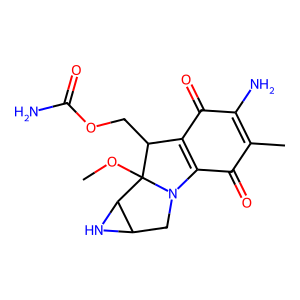
SMILES: COC12C(COC(N)=O)C3=C(C(=O)C(C)=C(N)C3=O)N1CC1NC12
Inhibits HIV replication: No